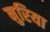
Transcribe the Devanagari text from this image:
नुरिया